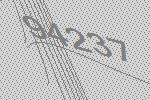
94237